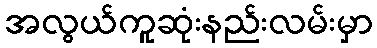
အလွယ်ကူဆုံးနည်းလမ်းမှာ